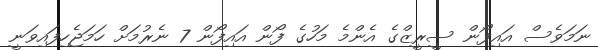
ނަމަވެސް އައިފޯން ސީރީޒްގެ އެންމެ މަހުގެ ފޯން އައިފޯން 7 ނެރުމަށް ހަމަޖެހިފައިވަނީ